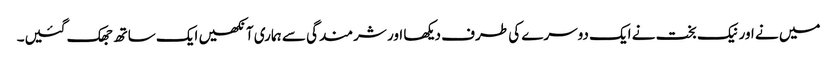
میں نے اور نیک بخت نے ایک دوسرے کی طرف دیکھا اور شرمندگی سے ہماری آنکھیں ایک ساتھ جھک گئیں۔